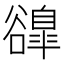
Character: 𧯌